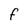
Character: f